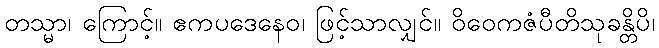
တသ္မာ၊ ကြောင့်။ ဧကပဒေနေဝ၊ ဖြင့်သာလျှင်။ ဝိဝေကဇံပီတိသုခန္တိပိ၊